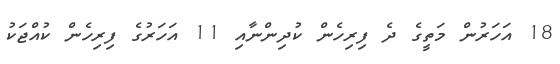
18 އަހަރުން މަތީގެ ދެ ފިރިހެން ކުދިންނާއި 11 އަހަރުގެ ފިރިހެން ކުއްޖަކު